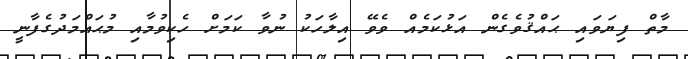
މާތް ފިޔަވައި ޙައްޤުވެގެން އަޅުކަމެއް ވެވޭ އިލާހަކު ނުވާ ކަމަށް ހެކިވުމާއި މުޙައްމަދުގެފާނީ